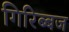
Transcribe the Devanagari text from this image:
गिरिब्बज